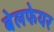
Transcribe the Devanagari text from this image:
बेलफेयर